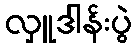
လှူဒါန်းပွဲ